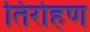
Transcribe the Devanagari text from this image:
तिरोहण